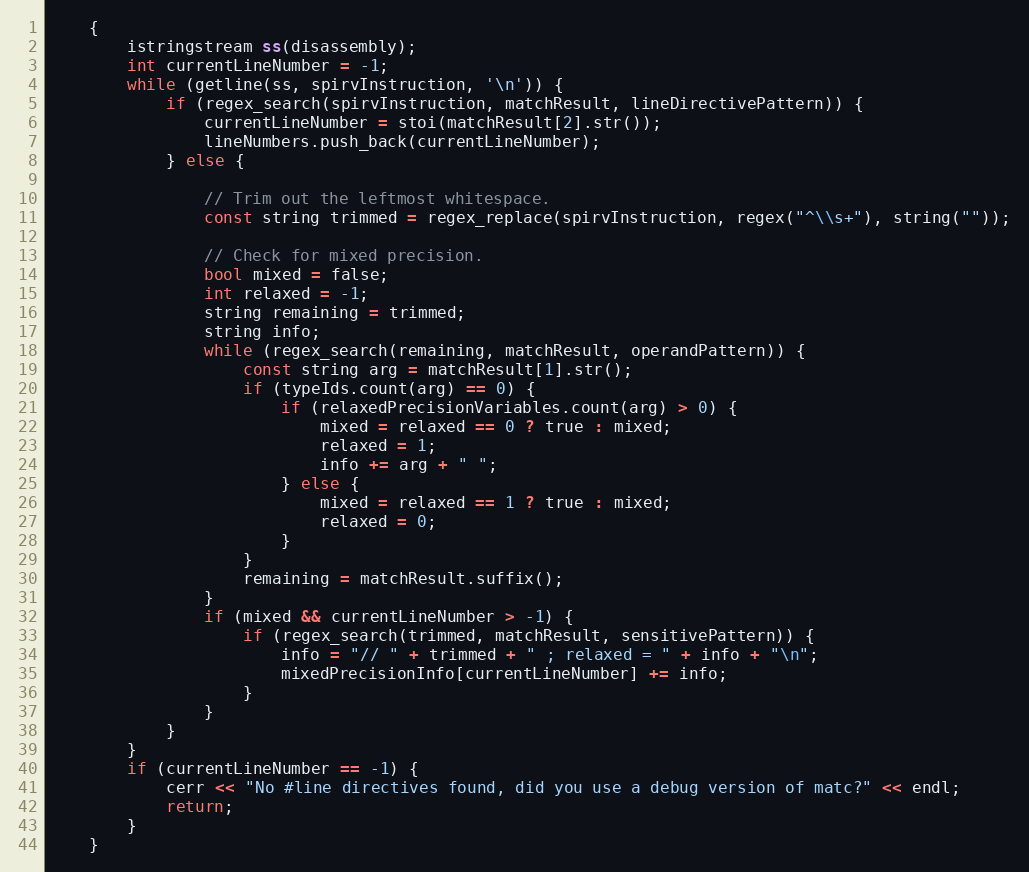
Language: C++
    {
        istringstream ss(disassembly);
        int currentLineNumber = -1;
        while (getline(ss, spirvInstruction, '\n')) {
            if (regex_search(spirvInstruction, matchResult, lineDirectivePattern)) {
                currentLineNumber = stoi(matchResult[2].str());
                lineNumbers.push_back(currentLineNumber);
            } else {

                // Trim out the leftmost whitespace.
                const string trimmed = regex_replace(spirvInstruction, regex("^\\s+"), string(""));

                // Check for mixed precision.
                bool mixed = false;
                int relaxed = -1;
                string remaining = trimmed;
                string info;
                while (regex_search(remaining, matchResult, operandPattern)) {
                    const string arg = matchResult[1].str();
                    if (typeIds.count(arg) == 0) {
                        if (relaxedPrecisionVariables.count(arg) > 0) {
                            mixed = relaxed == 0 ? true : mixed;
                            relaxed = 1;
                            info += arg + " ";
                        } else {
                            mixed = relaxed == 1 ? true : mixed;
                            relaxed = 0;
                        }
                    }
                    remaining = matchResult.suffix();
                }
                if (mixed && currentLineNumber > -1) {
                    if (regex_search(trimmed, matchResult, sensitivePattern)) {
                        info = "// " + trimmed + " ; relaxed = " + info + "\n";
                        mixedPrecisionInfo[currentLineNumber] += info;
                    }
                }
            }
        }
        if (currentLineNumber == -1) {
            cerr << "No #line directives found, did you use a debug version of matc?" << endl;
            return;
        }
    }